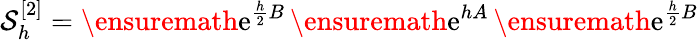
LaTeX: \mathcal{S}_{h}^{[2]}=\ensuremath{\mathrm{e}}^{\frac{h}{2}B}\, \ensuremath{\mathrm{e}}^{hA}\, \ensuremath{\mathrm{e}}^{\frac{h}{2}B}